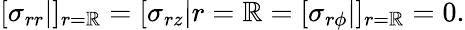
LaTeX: [\sigma_{rr}|]_{r=\mathbb{R}}=[\sigma_{rz}|{r=\mathbb{R}}=[\sigma_{r\phi}|]_{r=\mathbb{R}}=0.